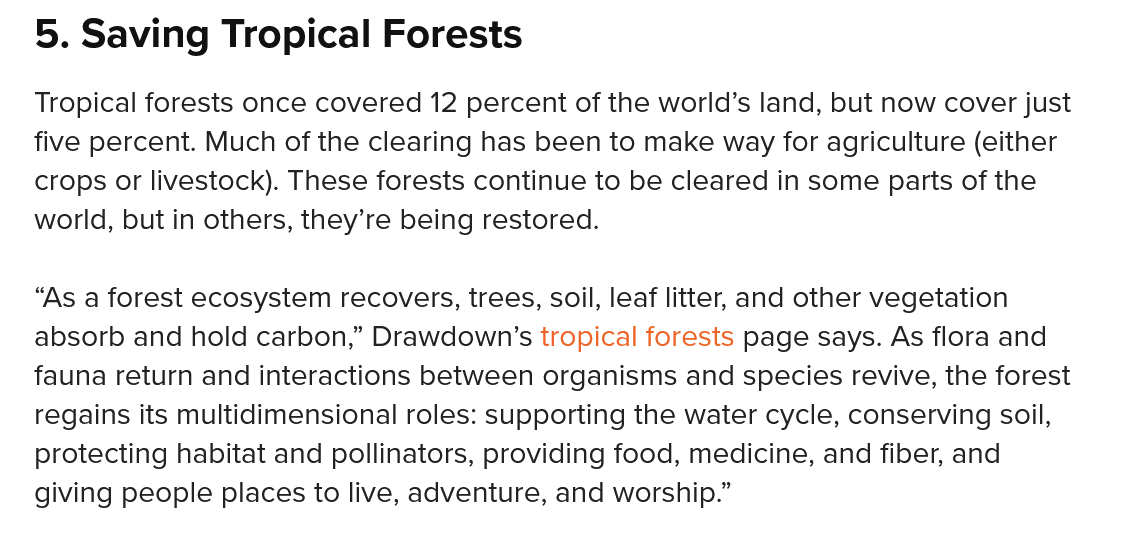
5. Saving    Tropical   Forests
   Tropical forests once covered 12 percent of the world’s land, but now cover just
   five percent. Much of the clearing has been to make way for agriculture (either
   crops or livestock). These forests continue to be cleared in some parts of the
   world, but in others, they’re being restored.
   “As a forest ecosystem recovers, trees, soil, leaf litter, and other vegetation
   absorb and hold carbon,” Drawdown’s tropical forests page says. As flora and
   fauna return and interactions between organisms and species revive, the forest
   regains its multidimensional roles: supporting the water cycle, conserving soil,
   protecting habitat and pollinators, providing food, medicine, and fiber, and
   giving people places to live, adventure, and worship.”